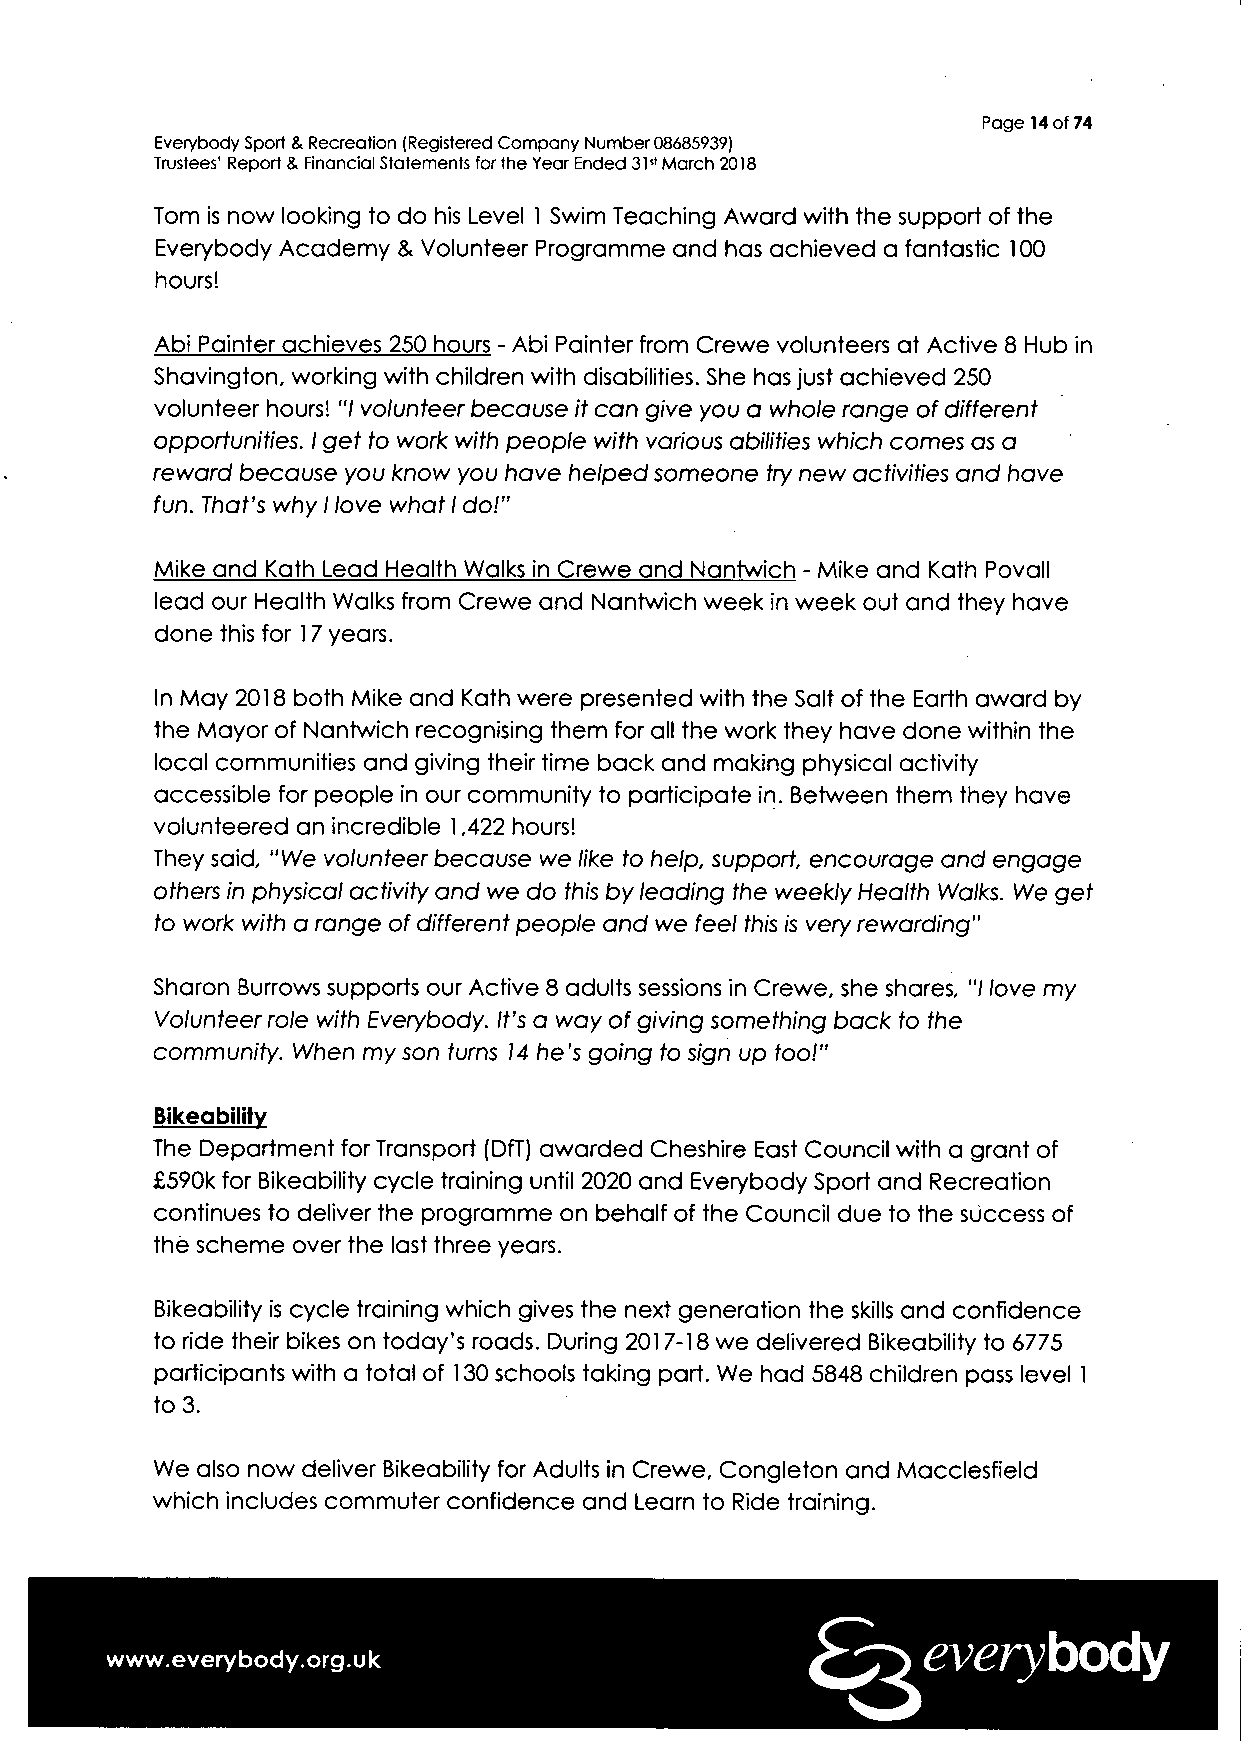
Page 14 of 74
 Everybody Sport & Recreation (Registered Company Number 08685939)
 Trustees' Report & Financial Statements for the Year Ended 31s1 March 2018
 Tom is now looking to do his Level 1 Swim Teaching Award with the support of the
 Everybody Academy & Volunteer Programme and has achieved a fantastic 100
 hours!
 Abi Painter achieves 250 hours - Abi Painter from Crewe volunteers at Active 8 Hub in
 Shavington, working with children with disabilities. She has just achieved 250
 volunteer hours! "/ volunteer because it can give you a whole range of different
 opportunities. I get to work with people with various abilities which comes as a
 reward because you know you have helped someone try new activities and have
 fun. That's why I love what I doi"
 Mike and Kath Lead Health Walks in Crewe and Nantwich - Mike and Kath Povall
 lead our Health Walks from Crewe and Nantwich week in week out and they have
 done this for 17 years.
 In May 2018 both Mike and Kath were presented with the Salt of the Earth award by
 the Mayor of Nantwich recognising them for all the work they have done within the
 local communities and giving their time back and making physical activity
 accessible for people in our community to participate in. Between them they have
 volunteered an incredible 1,422 hours!
 They said, "We volunteer because we like to help, support, encourage and engage
 others in physical activity and we do this by leading the weekly Health Walks. We get
 to work with a range of different people and we feel this is very rewarding"
 Sharon Burrows supports our Active 8 adults sessions in Crewe, she shares, "/ love my
 Volunteer role with Everybody. It's a way of giving something back to the
 community. When my son turns 14 he's going to sign up too!"
 Bikeability
 The Department for Transport (DfT) awarded Cheshire East Council with a grant of
 £590k for Bikeability cycle training until 2020 and Everybody Sport and Recreation
 continues to deliver the programme on behalf of the Council due to the success of
 the scheme over the last three years.
 Bikeability is cycle training which gives the next generation the skills and confidence
 to ride their bikes on today's roads. During 2017-18 we delivered Bikeability to 6775
 participants with a total of 130 schools taking part. We had 5848 children pass level 1
 to 3.
 We also now deliver Bikeability for Adults in Crewe, Congleton and Macclesfield
 which includes commuter confidence and Learn to Ride training.
 everybody
 www.everybody.org.uk